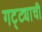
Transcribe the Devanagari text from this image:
गट्ट्याची